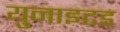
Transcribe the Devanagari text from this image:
युनाइटड